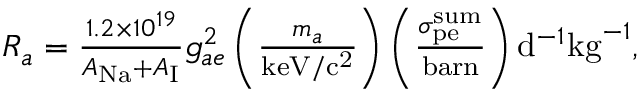
\begin{array} { r } { R _ { a } = \frac { 1 . 2 \times 1 0 ^ { 1 9 } } { A _ { \mathrm { N a } } + A _ { \mathrm { I } } } g _ { a e } ^ { 2 } \left( \frac { m _ { a } } { \mathrm { k e V / c ^ { 2 } } } \right) \left( \frac { \sigma _ { \mathrm { p e } } ^ { \mathrm { s u m } } } { \mathrm { b a r n } } \right) \mathrm { d } ^ { - 1 } \mathrm { k g } ^ { - 1 } , } \end{array}